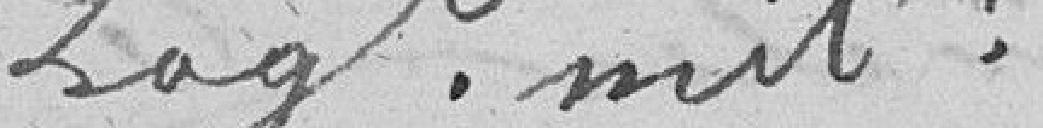
Logement Mitne